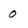
Character: 0